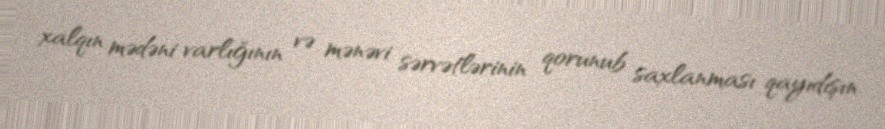
xalqın mədəni varlığının və mənəvi sərvətlərinin qorunub saxlanması qayıdışın